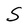
Character: S